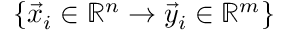
\{ \vec { x } _ { i } \in \mathbb { R } ^ { n } \rightarrow \vec { y } _ { i } \in \mathbb { R } ^ { m } \}